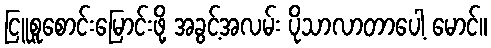
ငြူစူစောင်းမြောင်းဖို့ အခွင့်အလမ်း ပိုသာလာတာပေါ့ မောင်။